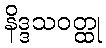
နိဒ္ဒသဝတ္ထု